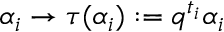
\alpha _ { i } \rightarrow \tau ( \alpha _ { i } ) : = q ^ { t _ { i } } \alpha _ { i } \;